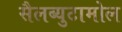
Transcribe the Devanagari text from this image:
सैलब्युटामोल